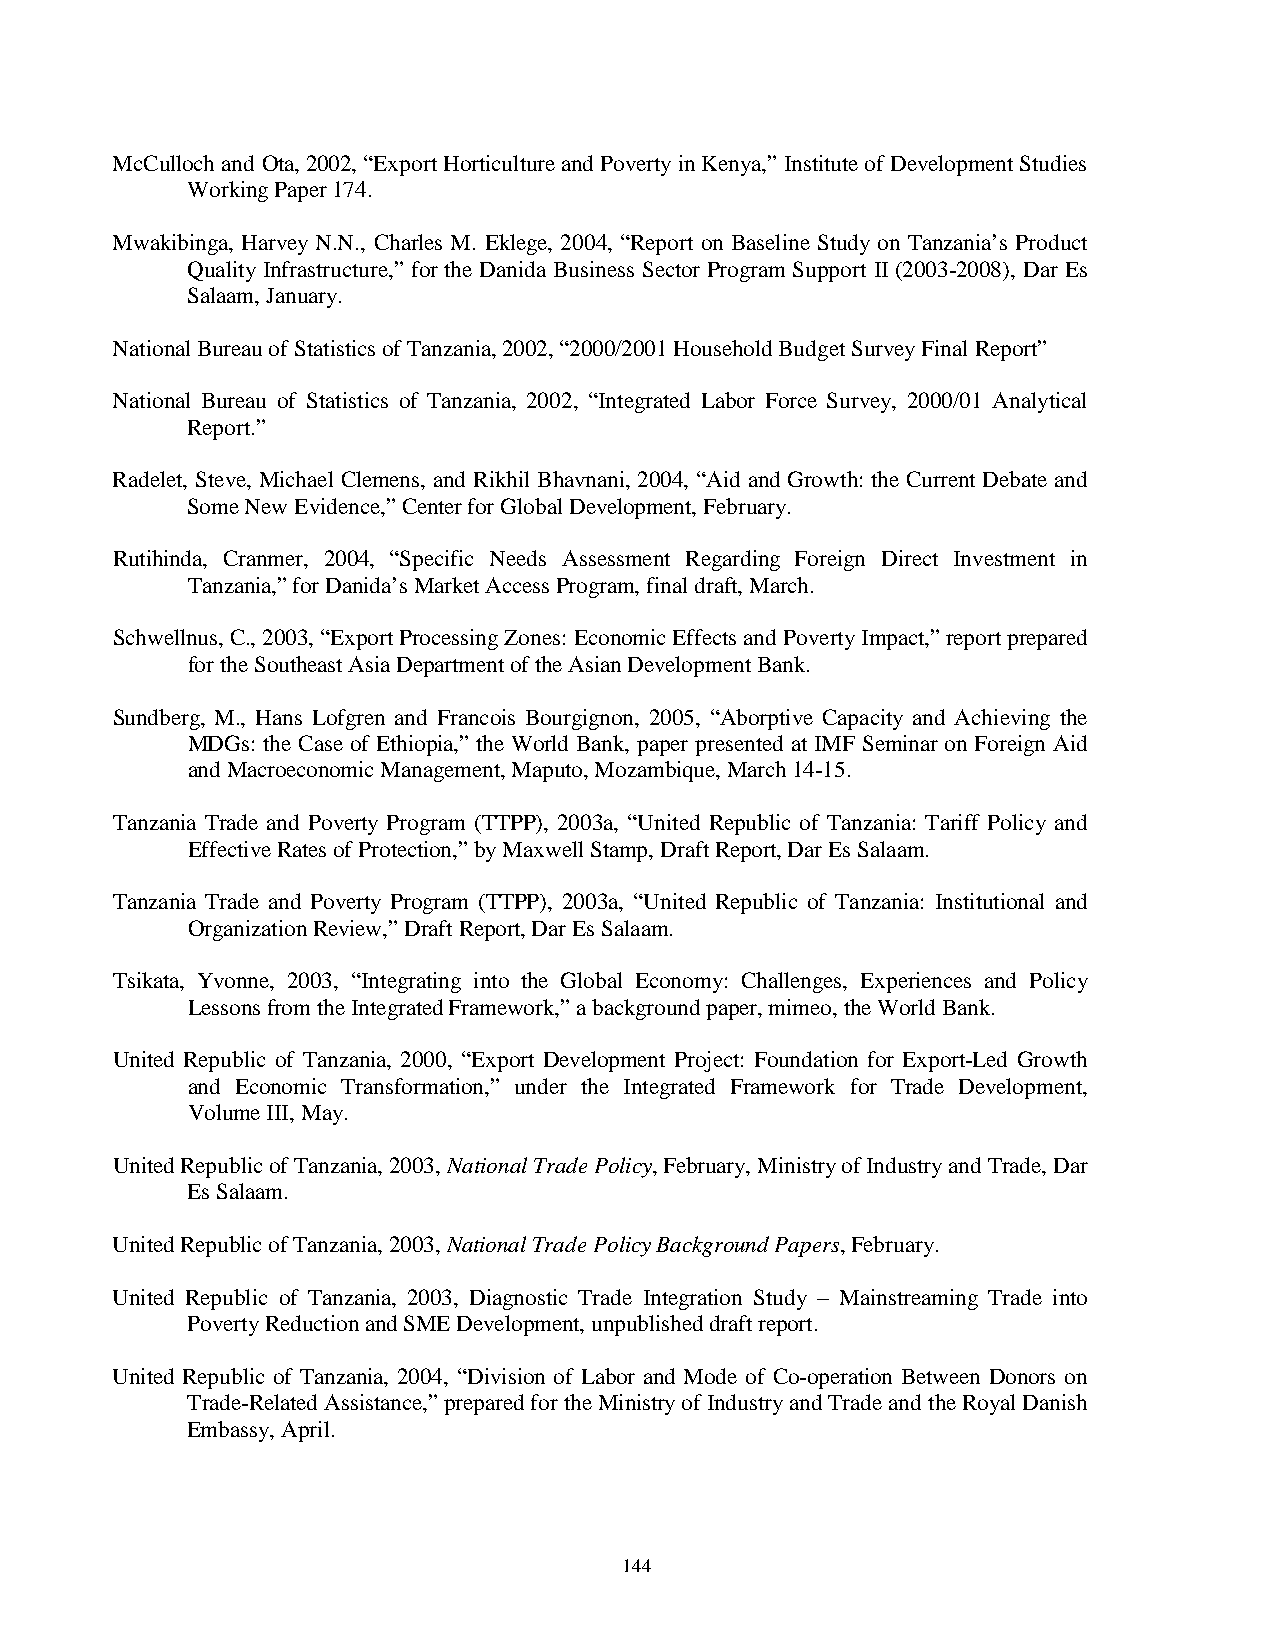
McCulloch and Ota, 2002, “Export Horticulture and Poverty in Kenya,” Institute of Development Studies
 Working Paper 174.
 Mwakibinga, Harvey N.N., Charles M. Eklege, 2004, “Report on Baseline Study on Tanzania’s Product
 Quality Infrastructure,” for the Danida Business Sector Program Support II (2003-2008), Dar Es
 Salaam, January.
 National Bureau of Statistics of Tanzania, 2002, “2000/2001 Household Budget Survey Final Report”
 National Bureau of Statistics of Tanzania, 2002, “Integrated Labor Force Survey, 2000/01 Analytical
 Report.”
 Radelet, Steve, Michael Clemens, and Rikhil Bhavnani, 2004, “Aid and Growth: the Current Debate and
 Some New Evidence,” Center for Global Development, February.
 Rutihinda, Cranmer, 2004, “Specific Needs Assessment Regarding Foreign Direct Investment in
 Tanzania,” for Danida’s Market Access Program, final draft, March.
 Schwellnus, C., 2003, “Export Processing Zones: Economic Effects and Poverty Impact,” report prepared
 for the Southeast Asia Department of the Asian Development Bank.
 Sundberg, M., Hans Lofgren and Francois Bourgignon, 2005, “Aborptive Capacity and Achieving the
 MDGs: the Case of Ethiopia,” the World Bank, paper presented at IMF Seminar on Foreign Aid
 and Macroeconomic Management, Maputo, Mozambique, March 14-15.
 Tanzania Trade and Poverty Program (TTPP), 2003a, “United Republic of Tanzania: Tariff Policy and
 Effective Rates of Protection,” by Maxwell Stamp, Draft Report, Dar Es Salaam.
 Tanzania Trade and Poverty Program (TTPP), 2003a, “United Republic of Tanzania: Institutional and
 Organization Review,” Draft Report, Dar Es Salaam.
 Tsikata, Yvonne, 2003, “Integrating into the Global Economy: Challenges, Experiences and Policy
 Lessons from the Integrated Framework,” a background paper, mimeo, the World Bank.
 United Republic of Tanzania, 2000, “Export Development Project: Foundation for Export-Led Growth
 and Economic Transformation,” under the Integrated Framework for Trade Development,
 Volume III, May.
 United Republic of Tanzania, 2003, National Trade Policy, February, Ministry of Industry and Trade, Dar
 Es Salaam.
 United Republic of Tanzania, 2003, National Trade Policy Background Papers, February.
 United Republic of Tanzania, 2003, Diagnostic Trade Integration Study – Mainstreaming Trade into
 Poverty Reduction and SME Development, unpublished draft report.
 United Republic of Tanzania, 2004, “Division of Labor and Mode of Co-operation Between Donors on
 Trade-Related Assistance,” prepared for the Ministry of Industry and Trade and the Royal Danish
 Embassy, April.
 144